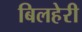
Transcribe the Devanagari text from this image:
बिलहेरी